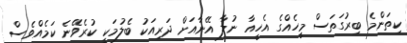
ކިތަންމެ ބިރުގަތަސް މީހެއްގެ އެހީއާ ނުލާ އޭނާއަށް ދަރިއަކު ބެލުމަކީ ކުރެވޭނެ ކަމެއްވެސް